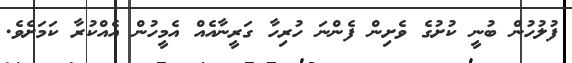
ފުލުހުން ބުނީ ކުށުގެ ވެށިން ފެންނަ ހުރިހާ ގަރީނާއެއް އެމީހުން އެއްކުރާ ކަމަށެވެ.